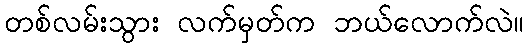
တစ်လမ်းသွား လက်မှတ်က ဘယ်လောက်လဲ။